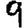
Digit: 9